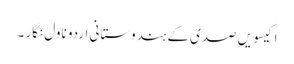
اکیسویں صدی کے ہندوستانی اردو ناول نگار ۔